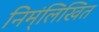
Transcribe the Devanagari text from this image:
निम्ंलिखित